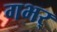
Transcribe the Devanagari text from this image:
गभर्